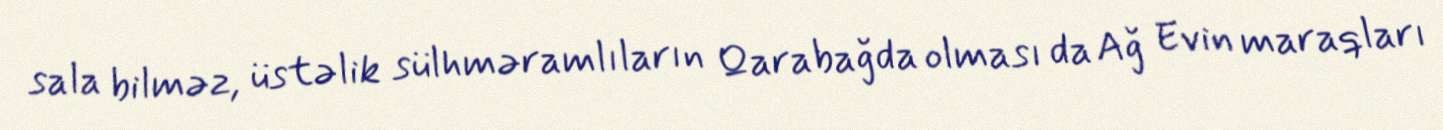
sala bilməz, üstəlik sülhməramlıların Qarabağda olması da Ağ Evin maraqları